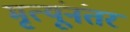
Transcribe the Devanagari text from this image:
मृत्यूंनंतर